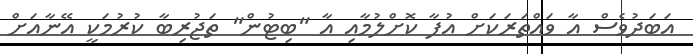
އަބަދުވެސް އާ ވައްތަރަކަށް އުފާ ކޮށްލުމާއި އާ "ބިޓުން" ތަޖުރިބާ ކުރުމަކީ އޭނާއަށް